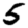
Digit: 5